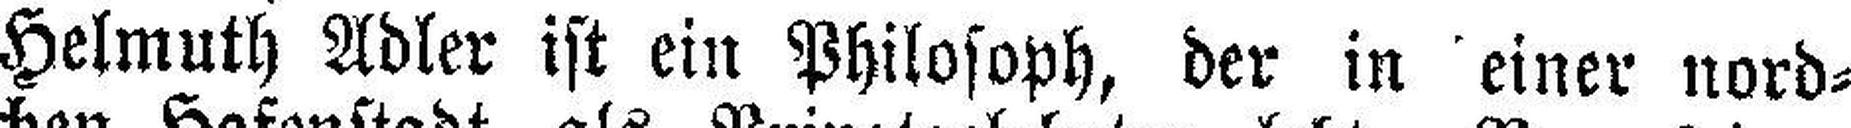
Helmuth Adler ist ein Philosoph, der in einer nord¬